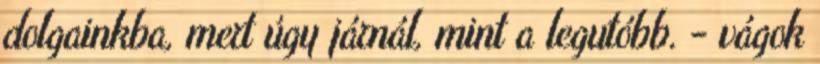
dolgainkba, mert úgy járnál, mint a legutóbb. - vágok